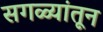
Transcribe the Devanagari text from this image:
सगळ्यांतून